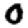
Digit: 0